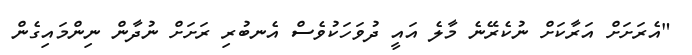
"އެރަށަށް އަރާކަށް ނުކެރޭނެ މާލެ އައީ ދުވަހަކުވެސް އެނބުރި ރަށަށް ނުދާން ނިންމައިގެން